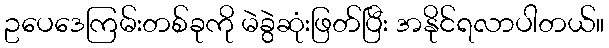
ဥပေဒေကြမ်းတစ်ခုကို မဲခွဲဆုံးဖြတ်ပြီး အနိုင်ရလာပါတယ်။